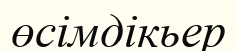
өсімдікьер